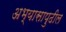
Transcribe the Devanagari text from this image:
अभ्यासापुढील